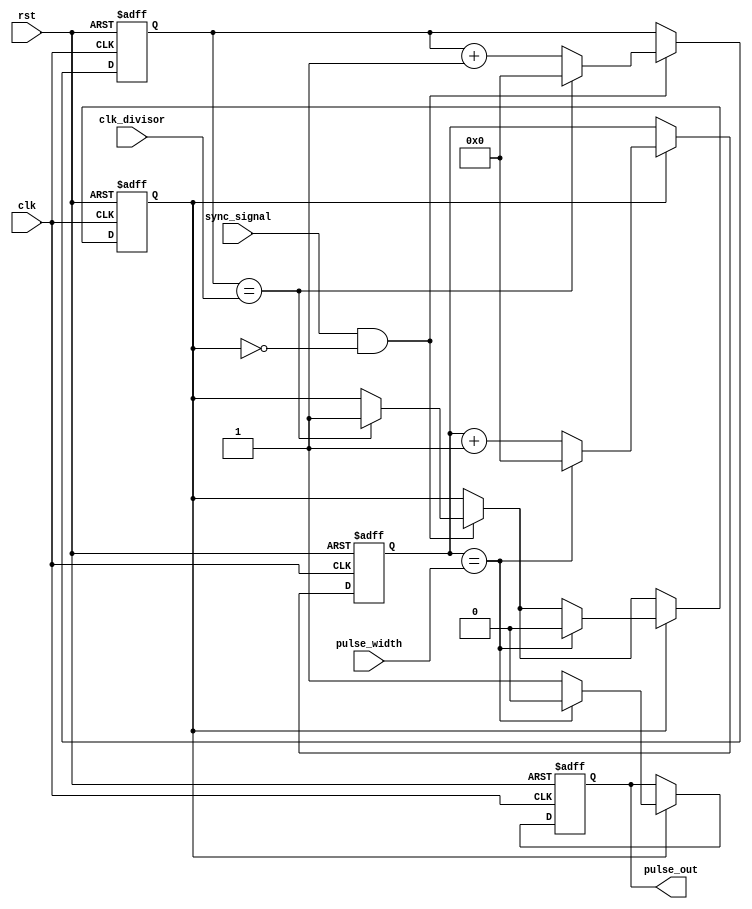
module variable_pulse_width_generator (
    input wire clk,                   // System clock input
    input wire rst,                   // Reset signal input
    input wire sync_signal,           // Synchronization signal input
    input wire [7:0] pulse_width,     // Variable pulse width parameter input
    input wire [7:0] clk_divisor,     // Clock frequency divisor parameter input
    output reg pulse_out              // Output variable pulse signal
);

reg [7:0] counter;                   // Counter for pulse width generation
reg [7:0] sync_counter;              // Counter for synchronization signal
reg sync_flag;                       // Flag to synchronize pulse width

always @(posedge clk or posedge rst) begin
    if (rst) begin
        counter <= 8'h00;
        sync_counter <= 8'h00;
        sync_flag <= 1'b0;
        pulse_out <= 1'b0;
    end else begin
        if (sync_signal && !sync_flag) begin
            sync_counter <= sync_counter + 1;
            if (sync_counter == clk_divisor) begin
                sync_counter <= 8'h00;
                sync_flag <= 1'b1;
            end
        end
        
        if (sync_flag) begin
            counter <= counter + 1;
            if (counter == pulse_width) begin
                counter <= 8'h00;
                pulse_out <= 1'b0;
                sync_flag <= 0;
            end else begin
                pulse_out <= 1'b1;
            end
        end
    end
end

endmodule